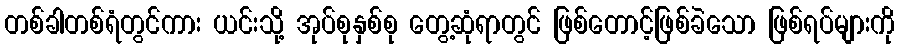
တစ်ခါတစ်ရံတွင်ကား ယင်းသို့ အုပ်စုနှစ်စု တွေ့ဆုံရာတွင် ဖြစ်တောင့်ဖြစ်ခဲသော ဖြစ်ရပ်များကို